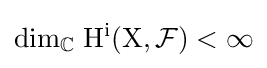
{\rm {{dim}_{\mathbb {C} }\;H^{i}(X,{\mathcal {F}})<\infty }}